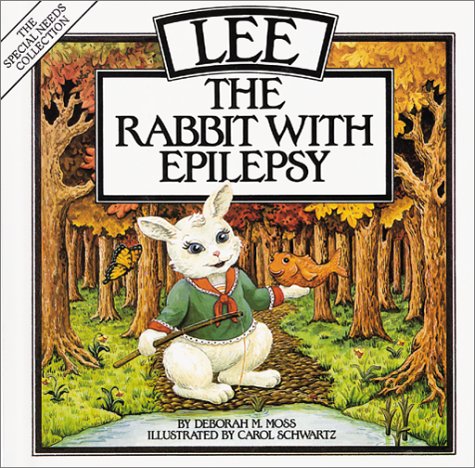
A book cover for Lee: The Rabbit with Epilepsy; Deborah Moss; Health, Fitness & Dieting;